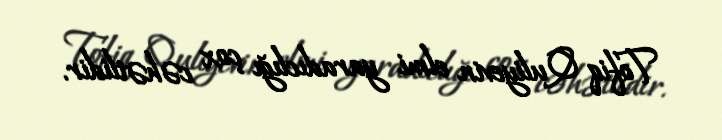
Tofiq Quliyevin elmi yaradıclığı çox cəhətlidir.